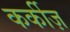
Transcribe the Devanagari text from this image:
कर्कीज़